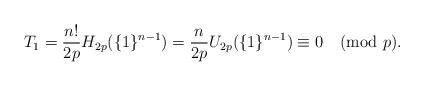
LaTeX: \begin{align*}T_1=\frac{n!}{2p}H_{2p}(\{1\}^{n-1})=\frac{n}{2p}U_{2p}(\{1\}^{n-1})\equiv 0 \pmod{p}.\end{align*}